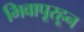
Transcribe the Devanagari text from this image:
भिवापूरहून